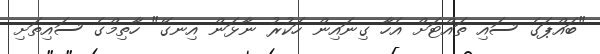
"ބައްޕަގެ ސައި ތައްޓަށް އެހާ ގިނައިން ހަކުރު ނާޅަން އިނގޭ" ހާތިމްގެ ސައިތަށި